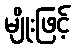
မျိုးဖြင့်